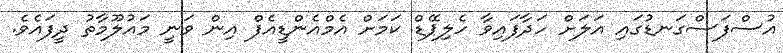
އުސްފަސްގަނޑުގައި އަލަށް ހަދާފައިވާ ހެލިޕޭޑް ކަމަށް އެމްއެންޑީއެފް އިން ވަނީ މައުލޫމާތު ދީފައެވެ.